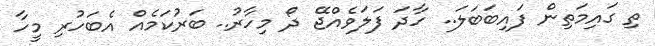
ތި ގައިމަތިން ފައިބަބަލަ.. ހާދަ ފަލަވެއްޖޭ ދޯ މިހާރު.. ބަރުކަމެއް އެބަހުރި މީހާ